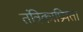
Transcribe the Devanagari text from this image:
तंत्रिकाप्रियता